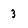
Character: 3